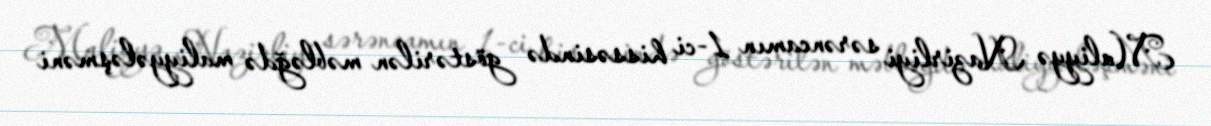
Maliyyə Nazirliyi sərəncamın 1-ci hissəsində göstərilən məbləğdə maliyyələşməni